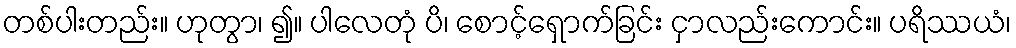
တစ်ပါးတည်း။ ဟုတွာ၊ ၍။ ပါလေတုံ ပိ၊ စောင့်ရှောက်ခြင်း ငှာလည်းကောင်း။ ပရိဿယံ၊